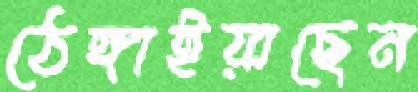
ঠেঙ্গাইয়াছেন